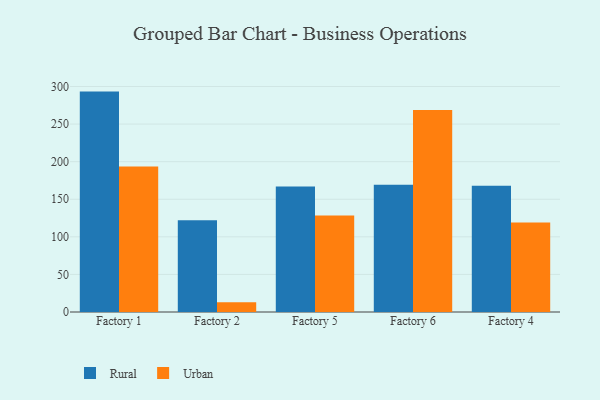
{"axis": {"x": "Factory", "y": "Backlog"}, "legend": ["Rural", "Urban"], "data": [{"x": "Factory 1", "y": 293.2, "type": "Rural"}, {"x": "Factory 1", "y": 193.5, "type": "Urban"}, {"x": "Factory 2", "y": 121.9, "type": "Rural"}, {"x": "Factory 2", "y": 13.0, "type": "Urban"}, {"x": "Factory 5", "y": 167.1, "type": "Rural"}, {"x": "Factory 5", "y": 128.4, "type": "Urban"}, {"x": "Factory 6", "y": 169.2, "type": "Rural"}, {"x": "Factory 6", "y": 268.6, "type": "Urban"}, {"x": "Factory 4", "y": 168.0, "type": "Rural"}, {"x": "Factory 4", "y": 119.1, "type": "Urban"}]}